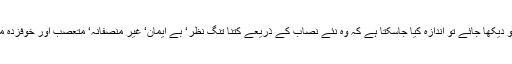
جیو کے اس طرز عمل کو دیکھا جائے تو اندازہ کیا جاسکتا ہے کہ وہ نئے نصاب کے ذریعے کتنا تنگ نظر‘ بے ایمان‘ غیر منصفانہ‘ متعصب اور خوفزدہ معاشرہ قائم کرنا چاہتا ہے۔